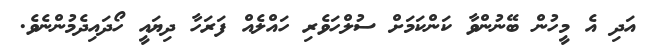
އަދި އެ މީހުން ބޭނުންވާ ކަންކަމަށް ސުލްހަވެރި ހައްލެއް ފަރަހާ ދިޔައީ ހޯދައިދެމުންނެވެ.